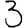
Digit: 3